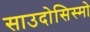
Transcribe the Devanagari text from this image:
साउदोसिस्मो